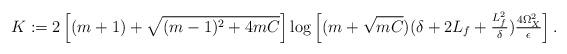
LaTeX: \begin{align*}K := 2\left[(m+1) + \sqrt{(m-1)^2 + 4 m C} \right] \log \left[(m+\sqrt{mC})(\delta+2L_f+\tfrac{L_f^2}{\delta})\tfrac{4 \Omega_X^2}{\epsilon}\right].\end{align*}